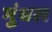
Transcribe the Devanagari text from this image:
मुंधल